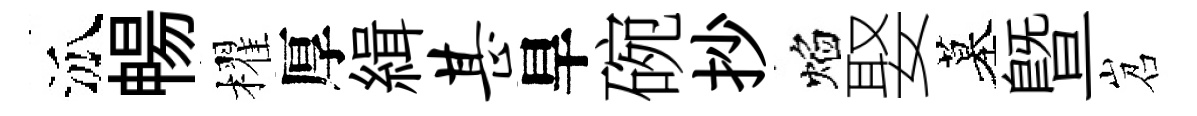
泒暢櫂厚緝甚旱碗抄焰娶墓暨岧